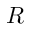
R